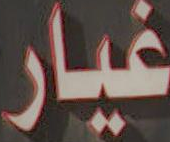
غيار